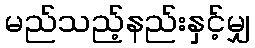
မည်သည့်နည်းနှင့်မျှ